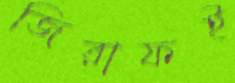
জিরাফই